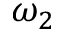
\omega _ { 2 }